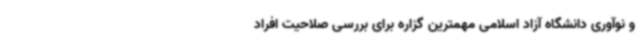
و نوآوری دانشگاه آزاد اسلامی مهمترین گزاره برای بررسی صلاحیت افراد